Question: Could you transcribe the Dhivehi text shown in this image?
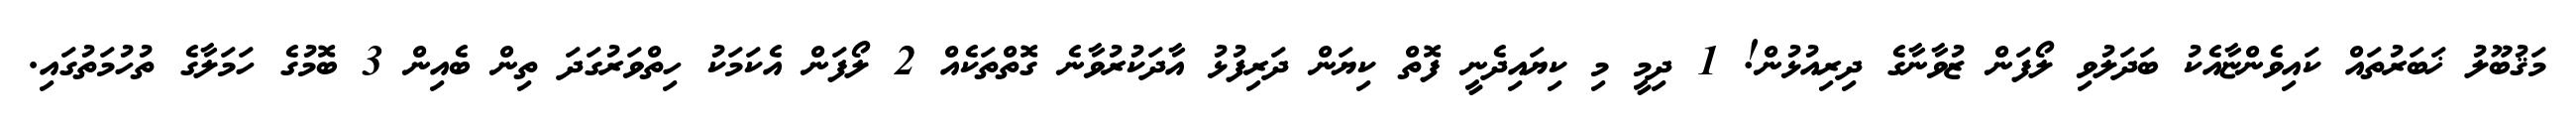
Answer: މަޤުބޫލު ޚަބަރުތައް ކައިވެންޏާއެކު ބަދަލުވި ލޯފަން ޒުވާނާގެ ދިރިއުޅުން! 1 ދިމީ މި ކިޔައިދެނީ ފޮތް ކިޔަން ދަރިފުޅު އާދަކުރުވާނެ ގޮތްތަކެއް 2 ލޯފަން އެކަމަކު ހިތްވަރުގަދަ ތިން ބެއިން 3 ބޮމުގެ ހަމަލާގެ ތުހުމަތުގައި.